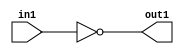
`timescale 1ps / 1ps
/*****************************************************************************
    Verilog RTL Description
    
    
    Created by: Stratus DpOpt 2019.1.01 
*******************************************************************************/

module cache_NotBit_320U_320U_4 (
	in1,
	out1
	); /* architecture "behavioural" */ 
input [319:0] in1;
output [319:0] out1;
wire [319:0] asc001;

assign asc001 = 
	((~in1));

assign out1 = asc001;
endmodule

/* CADENCE  urfyTAk= : u9/ySgnWtBlWxVPRXgAZ4Og= ** DO NOT EDIT THIS LINE ******/